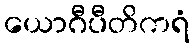
ယောဂီပီတိကရံ